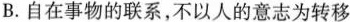
B.自在事物的联系，不以人的意志为转移